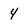
Character: 4